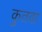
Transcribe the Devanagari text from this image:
कुतवा